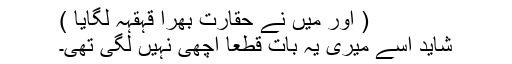
( اور میں نے حقارت بھرا قہقہہ لگایا )
شاید اسے میری یہ بات قطعاً اچھی نہیں لگی تھی۔